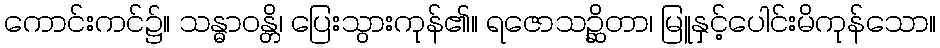
ကောင်းကင်၌။ သန္ဓာဝန္တိ၊ ပြေးသွားကုန်၏။ ရဇောသဉ္ဆိတာ၊ မြူနှင့်ပေါင်းမိကုန်သော။